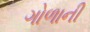
ગોળાની